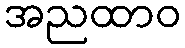
အညထာဝ